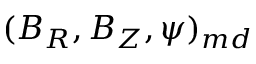
( \boldsymbol { B } _ { R } , \boldsymbol { B } _ { Z } , \boldsymbol { \psi } ) _ { m d }